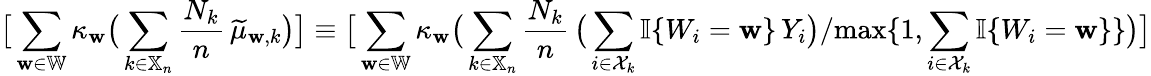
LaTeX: \big[\sum_{\mathbf{w}\in\mathbb{{W}}}\kappa_{\mathbf{w}}\big(\sum_{k\in\mathbb{{X}}_{n}}\frac{{N_{k}}}{{n}}\, \widetilde{{\mu}}_{\mathbf{w},k}\big)\big]\equiv\big[\sum_{\mathbf{w}\in\mathbb{{W}}}\kappa_{\mathbf{w}}\big(\sum_{k\in\mathbb{{X}}_{n}}\frac{{N_{k}}}{{n}}\, \big(\sum_{i\in\mathcal{{X}}_{k}}\mathbb{{I}}\{ W_{i}=\mathbf{w}\} \, Y_{i}\big)/\mathrm{{max}}\{ 1,\sum_{i\in\mathcal{{X}}_{k}}\mathbb{{I}}\{ W_{i}=\mathbf{w}\} \} \big)\big]